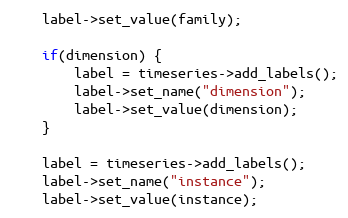
Language: C++
    label->set_value(family);

    if(dimension) {
        label = timeseries->add_labels();
        label->set_name("dimension");
        label->set_value(dimension);
    }

    label = timeseries->add_labels();
    label->set_name("instance");
    label->set_value(instance);